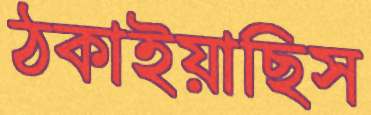
ঠকাইয়াছিস